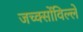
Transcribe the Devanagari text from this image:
जच्क्सोंविल्ले